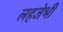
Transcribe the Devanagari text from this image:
लहजेभी